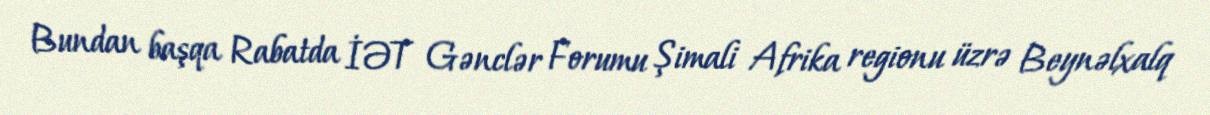
Bundan başqa Rabatda İƏT Gənclər Forumu Şimali Afrika regionu üzrə Beynəlxalq